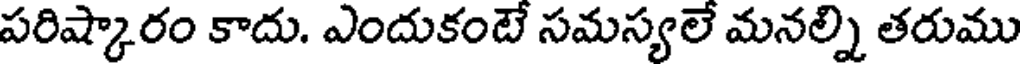
పరిష్కారం కాదు. ఎందుకంటే సమస్యలే మనల్ని తరుము